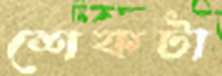
শেকটা